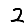
Digit: 2